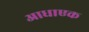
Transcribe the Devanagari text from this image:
आधाएक